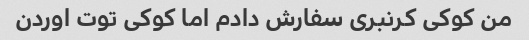
من کوکی کرنبری سفارش دادم اما کوکی توت اوردن